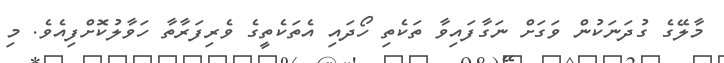
މާލޭގެ ގުދަނަކުން ވަގަށް ނަގާފައިވާ ތަކެތި ހޯދައި އެތަކެތީގެ ވެރިފަރާތާ ހަވާލުކޮށްފިއެވެ. މި